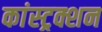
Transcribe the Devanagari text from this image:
कांस्ट्रक्शन